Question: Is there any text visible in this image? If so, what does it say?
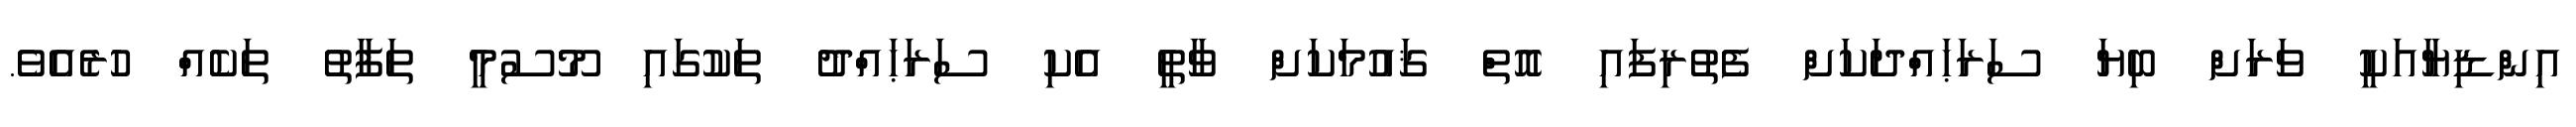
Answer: އިންޑިޔާއަކީ ވަރަށް ބިޔަ ސަރަޙައްދަކަށް ފެތުރިފައި އޮތް ޤައުމަކަށް ވާތީ އެކި ސަރަޙައްދު ތަކުގައި މޫސުމީ ތަފާތު ތަކެއް ހުރެއެވެ.